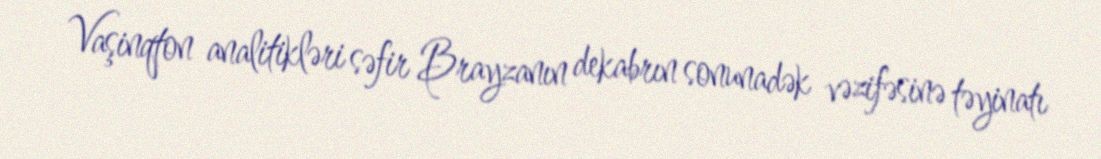
Vaşinqton analitikləri səfir Brayzanın dekabrın sonunadək vəzifəsinə təyinatı